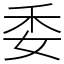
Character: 委